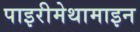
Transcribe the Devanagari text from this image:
पाइरीमेथामाइन